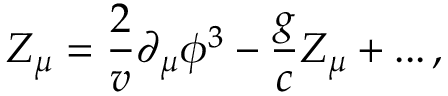
{ \cal Z } _ { \mu } = \frac { 2 } { v } \partial _ { \mu } \phi ^ { 3 } - \frac { g } { c } Z _ { \mu } + . . . \, ,